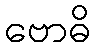
ဗောဓိ